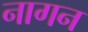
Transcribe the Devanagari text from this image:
नागन